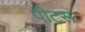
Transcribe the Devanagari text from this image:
पीटस